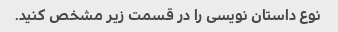
نوع داستان نویسی را در قسمت زیر مشخص کنید.